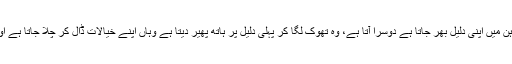
ہماری قوم کی مثال بچپن میں لکھی گئی سلیٹ کی طرح ہے کوئی آتا ہے آکر ہمارے ذہن میں اپنی دلیل بھر جاتا ہے دوسرا آتا ہے، وہ تھوک لگا کر پہلی دلیل پر ہاتھ پھیر دیتا ہے وہاں اپنے خیالات ڈال کر چلا جاتا ہے اور ہم اتنا شعور نہیں رکھتے کہ خود کو ان کے ہاتھوں استعمال ہونے سے روک سکیں۔